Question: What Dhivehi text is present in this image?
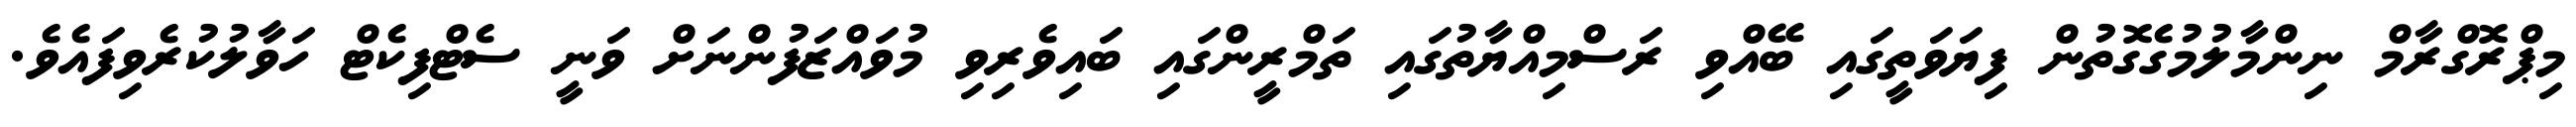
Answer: މިޕްރޮގްރާމް ނިންމާލުމުގެގޮތުން ފިޔަވަތީގައި ބޭއްވި ރަސްމިއްޔާތުގައި ތަމްރީންގައި ބައިވެރިވި މުވައްޒަފުންނަށް ވަނީ ސެޓްފިކެޓް ހަވާލުކުރެވިފައެވެ.